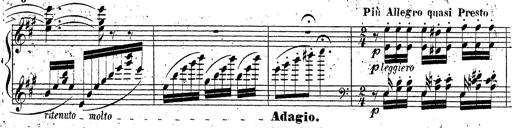
Title: Grande fantaisie sur la tyrolienne de l'opÃ©ra
Composer: Franz Liszt
Key: A major